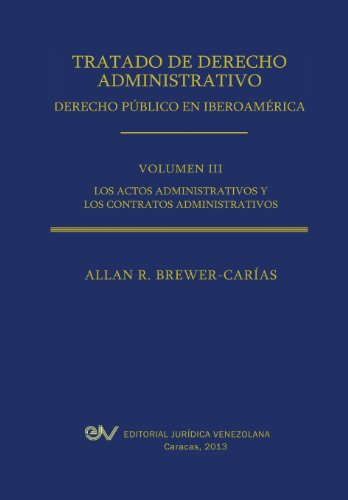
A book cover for Tratado de Derecho Administrativo. Tomo III. Los Actos Administrativos y Los Contratos Administrativos (Spanish Edition); Allan R. Brewer-Carias; Law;